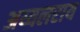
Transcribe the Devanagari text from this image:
अय्यलराय